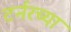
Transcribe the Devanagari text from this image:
टर्नरच्या